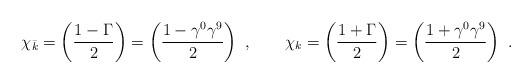
LaTeX: \begin{align*}\chi_{\bar k} = \left( {1 - \Gamma \over 2}\right) = \left( {1 - \gamma^0\gamma^9\over 2}\right) \ , \qquad \chi_{ k} = \left( {1 + \Gamma \over 2}\right) =\left( {1+ \gamma^0\gamma^9\over 2}\right) \ .\end{align*}